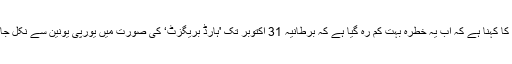
ماہرین کا کہنا ہے کہ اب یہ خطرہ بہت کم رہ گیا ہے کہ برطانیہ 31 اکتوبر تک 'ہارڈ بریگزٹ‘ کی صورت میں یورپی یونین سے نکل جائے گا۔